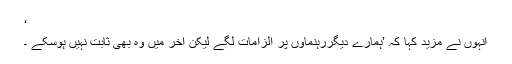
‘
انہوں نے مزید کہا کہ ’ہمارے دیگررہنماؤں پر الزامات لگے لیکن آخر میں وہ بھی ثابت نہیں ہوسکے ۔